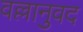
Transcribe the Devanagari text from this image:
वल्लानुवद